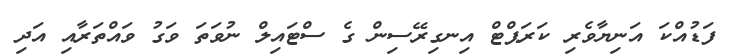
ފަޑުއްކަ އަނިޔާވެރި ކަރަޕްޓް އިނގިރޭސިން ގެ ސްޓައިލް ނުވަތަ ވަގު ވައްތަރާއި އަދި